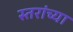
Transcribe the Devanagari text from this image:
स्तरांच्या